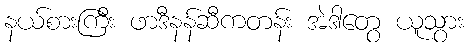
နယ်စားကြီး ဖာဒီနန်ဆီကတန်း အဲဒါတွေ ယူသွား